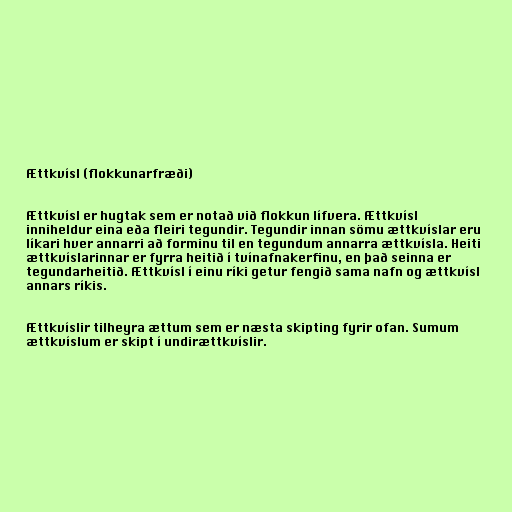
Ættkvísl (flokkunarfræði)

Ættkvísl er hugtak sem er notað við flokkun lífvera. Ættkvísl
inniheldur eina eða fleiri tegundir. Tegundir innan sömu ættkvíslar eru
líkari hver annarri að forminu til en tegundum annarra ættkvísla. Heiti
ættkvíslarinnar er fyrra heitið í tvínafnakerfinu, en það seinna er
tegundarheitið. Ættkvísl í einu ríki getur fengið sama nafn og ættkvísl
annars ríkis.

Ættkvíslir tilheyra ættum sem er næsta skipting fyrir ofan. Sumum
ættkvíslum er skipt í undirættkvíslir.